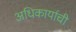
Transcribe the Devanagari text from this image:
अधिकार्याची